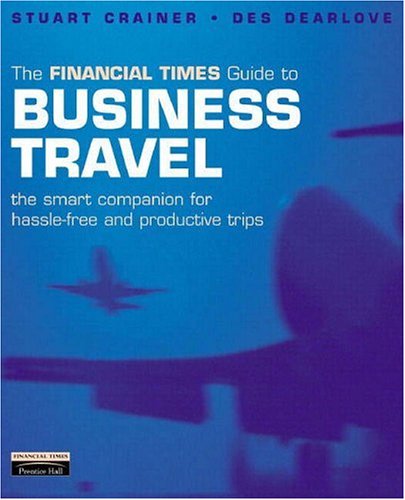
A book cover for Financial Times Guide to Business Travel: The Smart Companion for Hassle-Free and Productive Tips; Stuart Crainer; Travel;